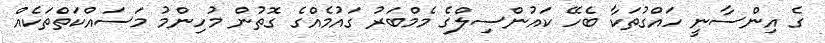
ގެ އިންސާނީ ހައްގުތަކާ ބެހޭ ކައުންސިލްގެ މެމްބަރު ގައުމެއްގެ ގޮތުން މުހިންމު މަސައްކަތްތަކެއް